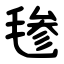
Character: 毶